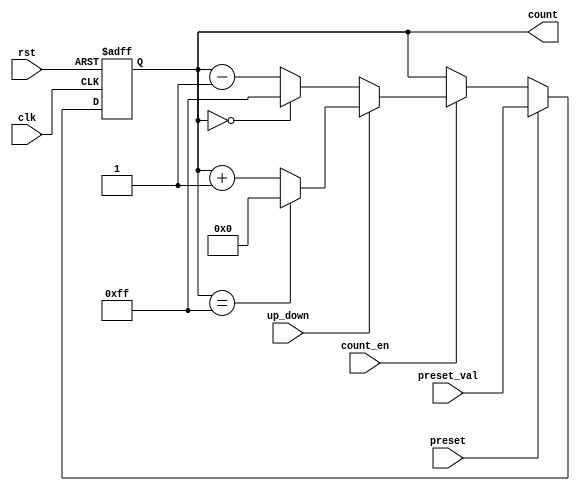
module presettable_counter #(
    parameter N = 8 // Width of the counter (number of bits)
)(
    input wire clk,                // Clock signal
    input wire rst,                // Active-high reset signal
    input wire preset,             // Active-high preset signal
    input wire [N-1:0] preset_val, // Value to load into the counter
    input wire count_en,           // Count enable signal
    input wire up_down,            // Up/Down control signal
    output reg [N-1:0] count       // Current counter value
);

    // Define maximum count value
    localparam MAX_COUNT = (1 << N) - 1; // 2^N - 1

    // Always block triggered on the rising edge of the clock
    always @(posedge clk or posedge rst) begin
        if (rst) begin
            // Reset the counter to zero
            count <= 0;
        end else if (preset) begin
            // Load the preset value into the counter
            count <= preset_val;
        end else if (count_en) begin
            // Count up or down based on the up_down signal
            if (up_down) begin
                // Count up
                if (count == MAX_COUNT) begin
                    count <= 0; // Wrap around to zero
                end else begin
                    count <= count + 1;
                end
            end else begin
                // Count down
                if (count == 0) begin
                    count <= MAX_COUNT; // Wrap around to max value
                end else begin
                    count <= count - 1;
                end
            end
        end
    end

endmodule